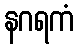
နဂရကံ